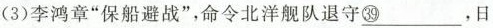
(3)李鸿章”保船避战”，命令北洋舰队退守\underline{㊴}